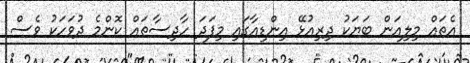
އެތައް މިލިއަން ބަޔަކު ދިރިއުޅޭ އިންޑިއާގައި މިފަދަ ހާދިސާތައް ކޮންމެ ދުވަހަކު ވެސް